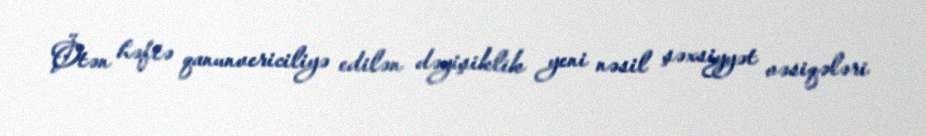
Ötən həftə qanunvericiliyə edilən dəyişiklik yeni nəsil şəxsiyyət vəsiqələri